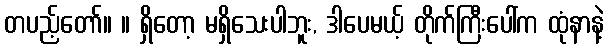
တပည့်တော်။ ။ ရှိတော့ မရှိသေးပါဘူး, ဒါပေမယ့် တိုက်ကြီးပေါ်က ထုံနာနဲ့